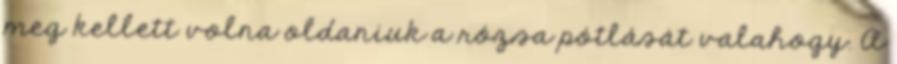
meg kellett volna oldaniuk a rózsa pótlását valahogy. A